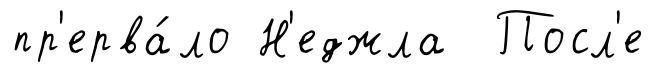
пр'ерва́ло Н'еджла Посл'е